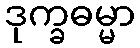
ဒုက္ခဓမ္မာ